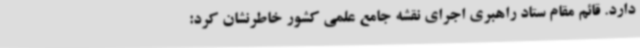
دارد. قائم مقام ستاد راهبری اجرای نقشه جامع علمی کشور خاطرنشان کرد: